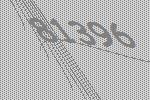
81396